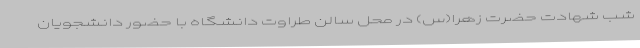
شب شهادت حضرت زهرا(س) در محل سالن طراوت دانشگاه با حضور دانشجویان